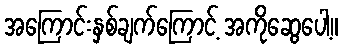
အကြောင်းနှစ်ချက်ကြောင့် အကိုဆွေပေါ့။